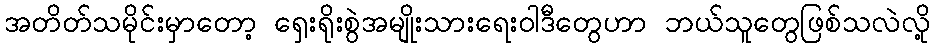
အတိတ်သမိုင်းမှာတော့ ရှေးရိုးစွဲအမျိုးသားရေးဝါဒီတွေဟာ ဘယ်သူတွေဖြစ်သလဲလို့